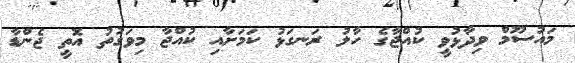
މައުސޫމް ވިދާޅުވީ ކުއްޖާގެ ހާލު ރަނގަޅު ކަމަށާއި ކުއްޖާ މިވަގުތު އޮތީ ޖެންޑާ